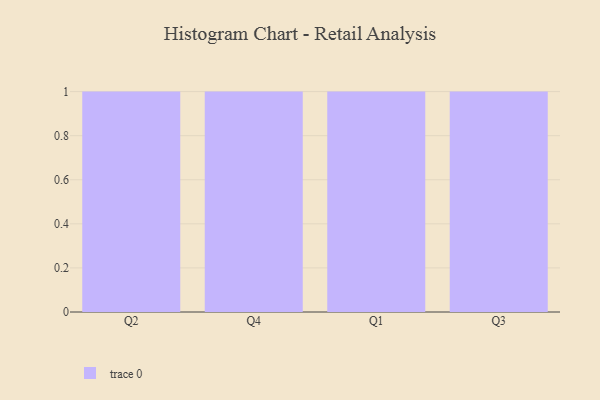
{"axis": {"x": "Quarter", "y": "Bounce Rate (%)"}, "legend": [""], "data": [{"x": "Q2", "y": 44, "type": ""}, {"x": "Q4", "y": 90, "type": ""}, {"x": "Q1", "y": 34, "type": ""}, {"x": "Q3", "y": 92, "type": ""}]}